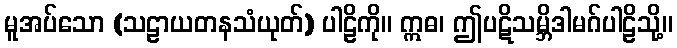
မူအပ်သော (သဠာယတနသံယုတ်) ပါဠိကို။ ဣဓ၊ ဤပဋိသမ္ဘိဒါမဂ်ပါဠိသို့။